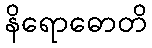
နိရောဓောတိ